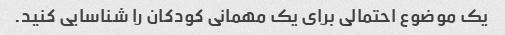
یک موضوع احتمالی برای یک مهمانی کودکان را شناسایی کنید.